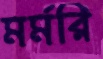
মর্মরি